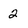
Character: 2